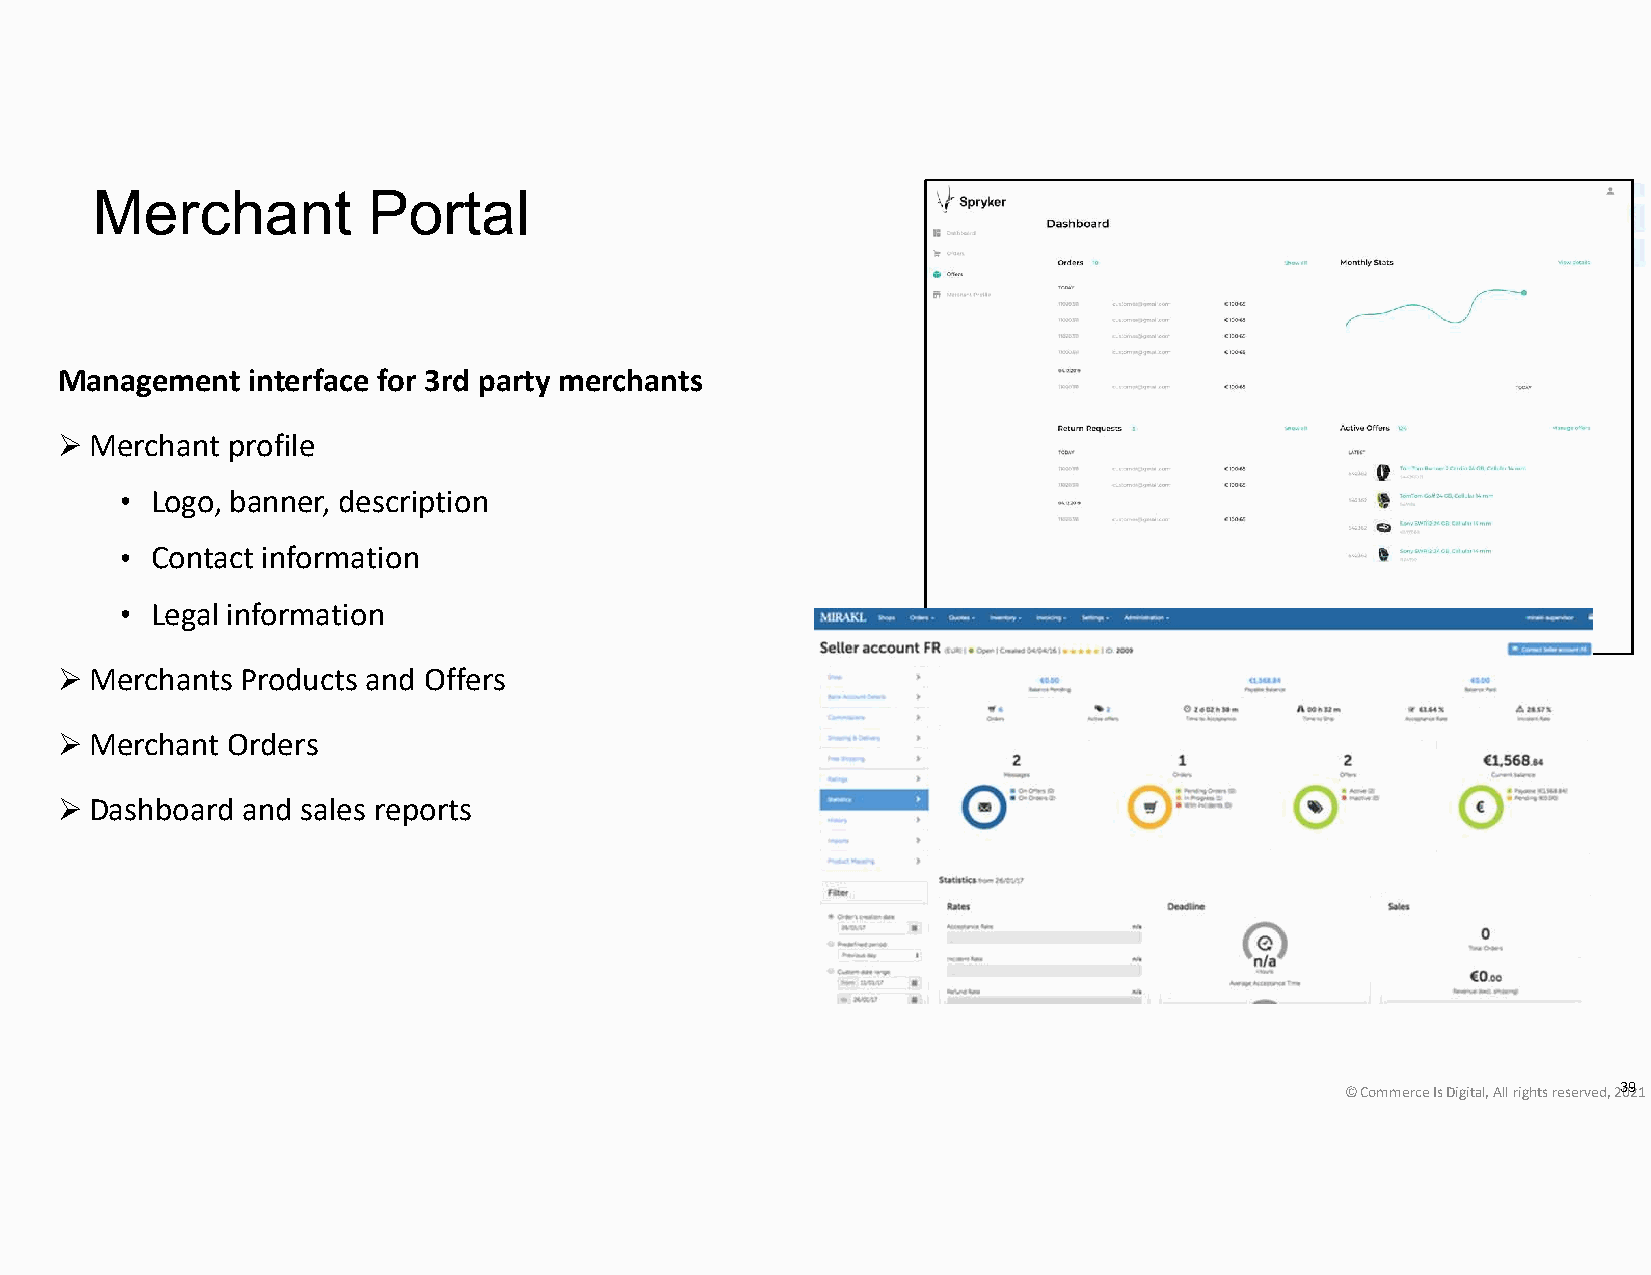
Merchant          Portal
 Management  interface for 3rd party merchants
  Merchant profile
 • Logo, banner, description
 • Contact information
 • Legal information
  Merchants Products and Offers
  Merchant Orders
  Dashboard and sales reports
 © Commerce Is Digital, All rights reserved, 230921